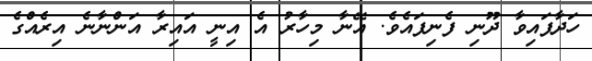
ހަދާފައިވާ ދޫނި ފެނިފައެވެ. އޭނާ މިހާރު އެ އިނީ އައިރާ އަންނާނެ އިރެއްގެ